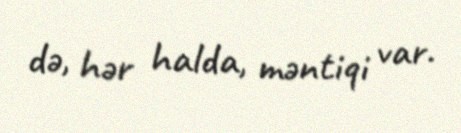
də, hər halda, məntiqi var.